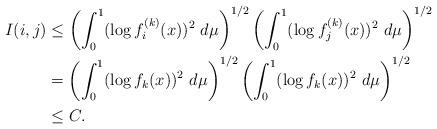
LaTeX: \begin{align*}I(i,j)&\le \left( \int_0^1(\log f_i^{(k)}(x))^2 \ d \mu\right)^{1/2} \left( \int_0^1 (\log f_j^{(k)} (x))^2\ d \mu\right)^{1/2}\\ &= \left( \int_0^1(\log f_k(x))^2 \ d \mu\right)^{1/2} \left( \int_0^1 (\log f_k (x))^2\ d \mu\right)^{1/2}\\&\le C.\end{align*}